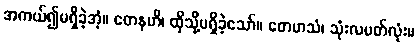
အကယ်၍မရှိခဲ့အံ့။ တေနဟိ၊ ထိုသို့မရှိခဲ့သော်။ တေမာသံ၊ သုံးလပတ်လုံး။